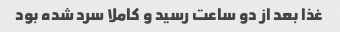
غذا بعد از دو ساعت رسید و کاملا سرد شده بود